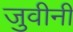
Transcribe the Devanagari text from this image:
जुवीनी